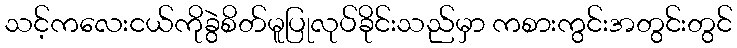
သင့်ကလေးငယ်ကိုခွဲစိတ်မူပြုလုပ်ခိုင်းသည်မှာ ကစားကွင်းအတွင်းတွင်